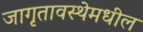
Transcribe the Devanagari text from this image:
जागृतावस्थेमधील